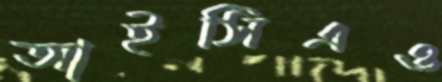
আইসিএও